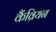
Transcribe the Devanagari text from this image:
कैंव्रियन